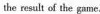
the result of the game.